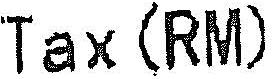
TAX(RM)